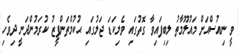
ވީ ނިއުސްއަށް މައުލޫމާތު ލިބިފައިވާ ގޮތުގައި ވެލިކަޑަ ޖަލުގައި ޙުކުމްތަންފީޒު ކުރަމުންދަނީ ދިވެހި